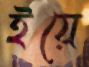
ইয়ে